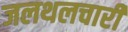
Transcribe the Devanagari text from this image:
जलथलचारी